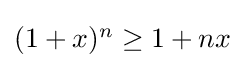
{\textstyle (1+x)^{n}\geq 1+nx}